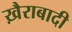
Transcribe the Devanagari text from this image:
ख़ैराबादी